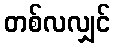
တစ်လလျှင်